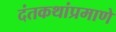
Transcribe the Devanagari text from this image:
दंतकथांप्रमाणे